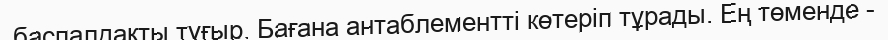
баспалдақты тұғыр. Бағана антаблементті көтеріп тұрады. Ең төменде -